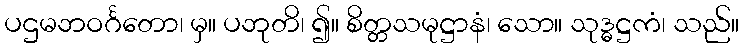
ပဌမဘဝင်္ဂတော၊ မှ။ ပဘုတိ၊ ၍။ စိတ္တသမုဋ္ဌာနံ၊ သော။ သုဒ္ဓဋ္ဌကံ၊ သည်။